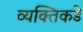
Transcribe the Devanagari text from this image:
व्यक्तिकडे